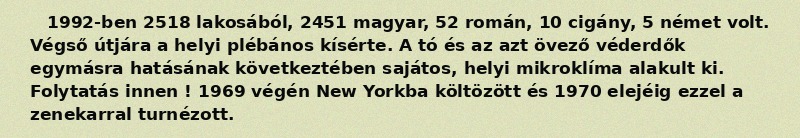
1992-ben 2518 lakosából, 2451 magyar, 52 román, 10 cigány, 5 német volt. Végső útjára a helyi plébános kísérte. A tó és az azt övező véderdők egymásra hatásának következtében sajátos, helyi mikroklíma alakult ki. Folytatás innen ! 1969 végén New Yorkba költözött és 1970 elejéig ezzel a zenekarral turnézott.